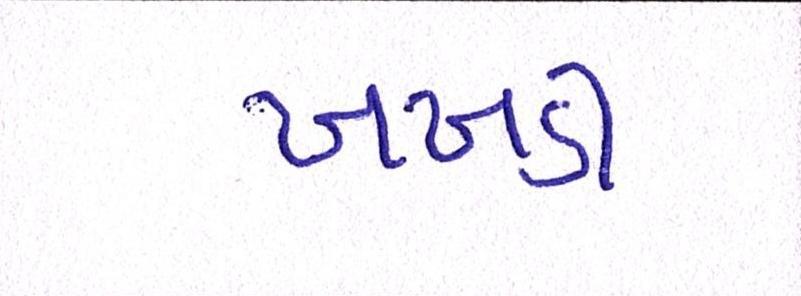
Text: ખખડી